Burma Government Medical School reports 1907-22
Year: 1907
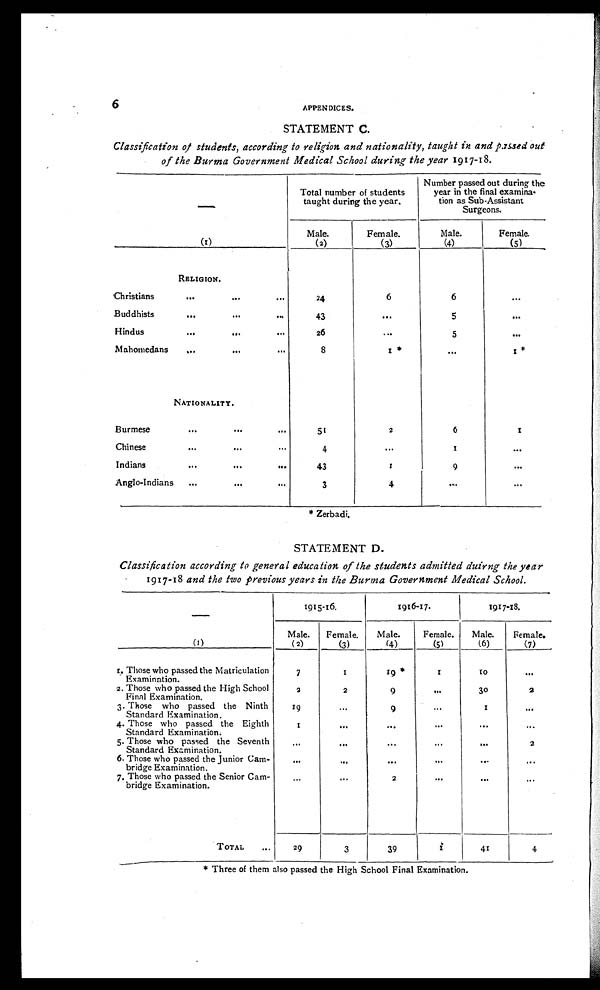
6
APPENDICES.
STATEMENT C.
Classification of students, according to religion and nationality, taught in and passed out
of the Burma Government Medical School during the year 1917-18.
—
Total number of students
taught during the year.
Number passed out during the
year in the final examina-
tion as Sub-Assistant
Surgeons.
(1)
Male.
(2)
Female.
(3)
Male.
(4)
Female.
(5)
RELIGION.
Christians
...
...
...
24
6
6
...
Buddhists
...
. . . . . .
43
. . .
5
. . .
Hindus
...
. . . . . .
26
...
5
. . .
Mahomedans
...
...
...
8
1*
...
1 *
NATIONALITY.
Burmese
...
...
...
51
2
6
1
Chinese
...
. . . . . .
4
. . .
1
. . .
Indians
...
...
...
43
1
9
. . .
Anglo-Indians
...
...
...
3
4
. . .
. . .
* Zerbadi.
STATEMENT D.
Classification according to general education of the students admitted duirng the year
1917-18 and the two previous years in the Burma Government Medical School.
—
1915-16.
1916-17.
1917-18.
(1)
Male.
(2)
Female.
(3)
Male.
(4)
Female.
(5)
Male.
(6)
Female.
(7)
1. Those who passed the Matriculation
Examination.
7
1
19 *
1
10
...
2. Those who passed the High School
Final Examination.
2
2
9
. . .
30
2
3. Those who passed the Ninth
Standard Examination.
19
...
9
...
1
...
4. Those who passed the Eighth
Standard Examination.
1
...
...
...
...
...
5. Those who passed the Seventh
Standard Examination.
...
...
...
...
...
2
6. Those who passed the Junior Cam-
bridge Examination.
...
...
...
...
...
...
7. Those who passed the Senior Cam-
bridge Examination.
...
...
2
...
...
...
TOTAL ... 29
3
39
1
41
4
* Three of them also passed the High School Final Examination.